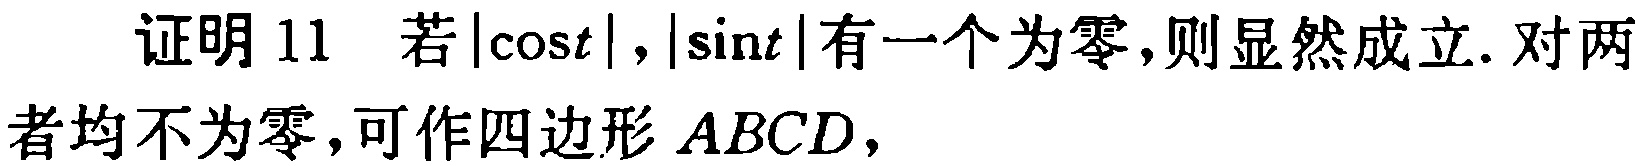
证明 11 若\(|\cos t|\)，\(|\sin t|\)有一个为零，则显然成立. 对两者均不为零，可作四边形 \(ABCD\)，